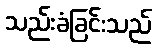
သည်းခံခြင်းသည်